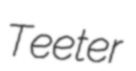
Teeter